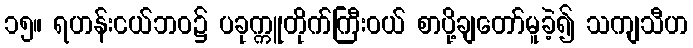
၁၅။ ရဟန်းငယ်ဘဝ၌ ပခုက္ကူတိုက်ကြီးဝယ် စာပို့ချတော်မူခဲ့၍ သကျသီဟ